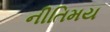
નીતિમય